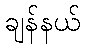
ချန်နယ်